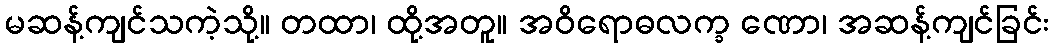
မဆန့်ကျင်သကဲ့သို့။ တထာ၊ ထို့အတူ။ အဝိရောဓလက္ခ ဏော၊ အဆန့်ကျင်ခြင်း